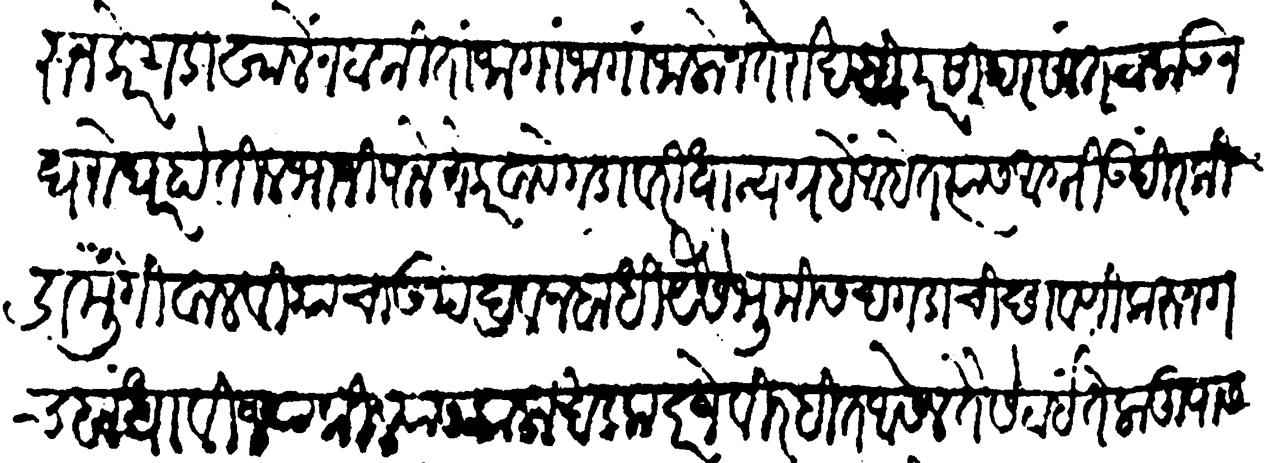
Transliteration (Devanagari): करून केर गडाखालें न टाकिता जागा जागा जाळोन ते राखही परसापरसांत टाकऊन घरोघर होतील भाजीपाले ते करवावे गडावरी धान्यगृहें आहेत त्यास आग्नी उंदीर किडा मुंगी वाळवी यांचा उपद्रव न बाधी यैसे भूमीस दगडाची छावणी करून गच बांधावी ज्या किल्ल्यास काळा खडक दरजेविरहित आसेल तैसे ठाई तेला तुपास